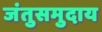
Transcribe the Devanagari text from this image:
जंतुसमुदाय